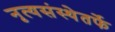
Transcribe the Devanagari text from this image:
नृत्यसंस्थेतर्फे